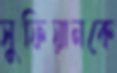
সুফিয়ানকে